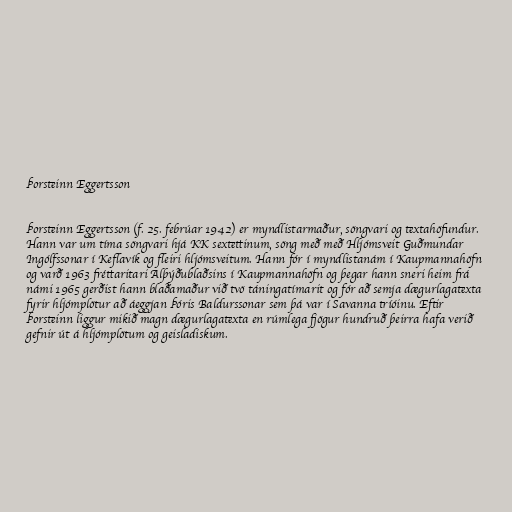
Þorsteinn Eggertsson

Þorsteinn Eggertsson (f. 25. febrúar 1942) er myndlistarmaður, söngvari og textahöfundur.
Hann var um tíma söngvari hjá KK sextettinum, söng með með Hljómsveit Guðmundar
Ingólfssonar í Keflavík og fleiri hljómsveitum. Hann fór í myndlistanám í Kaupmannahöfn
og varð 1963 fréttaritari Alþýðublaðsins í Kaupmannahöfn og þegar hann sneri heim frá
námi 1965 gerðist hann blaðamaður við tvö táningatímarit og fór að semja dægurlagatexta
fyrir hljómplötur að áeggjan Þóris Baldurssonar sem þá var í Savanna tríóinu. Eftir
Þorsteinn liggur mikið magn dægurlagatexta en rúmlega fjögur hundruð þeirra hafa verið
gefnir út á hljómplötum og geisladiskum.